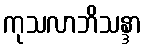
ကုသလာဘိသန္ဒာ